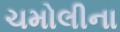
ચમોલીના